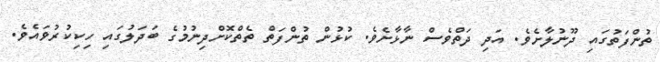
ތުންފަތުގައި ދޫނުލާށެވެ. އަދި ދަތްވެސް ނާޅާށެވެ. ކުޅުން ތުންފަތް ތެތްކޮށްދިނުމުގެ ބަދަލުގައި ހިކިކުރުވައެވެ.